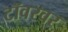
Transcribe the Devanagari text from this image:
टॉवरवर